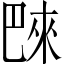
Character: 𪩭